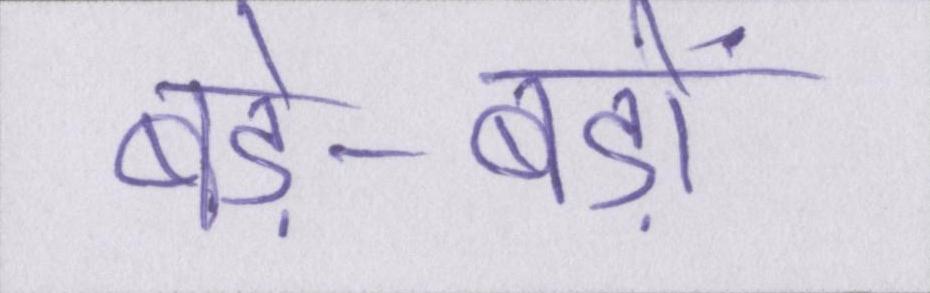
बड़े-बड़ों